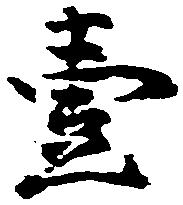
壱